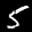
Label: 5